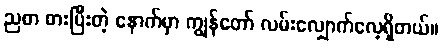
ညစာ စားပြီးတဲ့ နောက်မှာ ကျွန်တော် လမ်းလျှောက်လေ့ရှိတယ်။